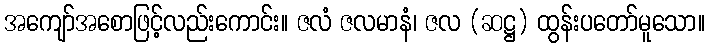
အကျော်အစောဖြင့်လည်းကောင်း။ ဇလံ ဇလမာနံ၊ ဇလ (ဆဋ္ဌ) ထွန်းပတော်မူသော။